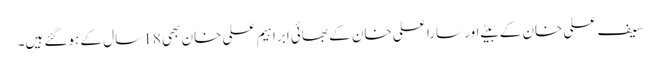
سیف علی خان کے بیٹے اور سارا علی خان کے بھائی ابراہیم علی خان بھی 18 سال کے ہوگئے ہیں۔